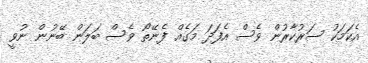
އެކަމަކު ސަރުކާރުން ވެސް އެފަދަ މަގެއް ފެނޭތޯ ވެސް ބަލަން ބޭނުން ނުވީ